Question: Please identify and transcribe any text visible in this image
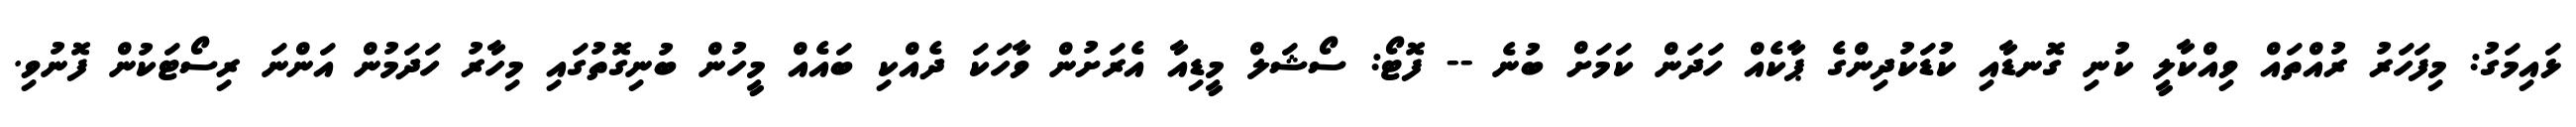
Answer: ޅައިމަގު: މިފަހަރު ރުއްތައް ވިއްކާލީ ކުނި ގޮނޑާއި ކުޑަކުދިންގެ ޕާކެއް ހަދަން ކަމަށް ބުނެ -- ފޮޓޯ: ސޯޝަލް މީޑިއާ އެރަށުން ވާހަކަ ދެއްކި ބައެއް މީހުން ބުނިގޮތުގައި މިހާރު ހަދަމުން އަންނަ ރިސޯޓަކުން ފޮނުވި.